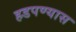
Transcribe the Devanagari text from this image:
हडपण्यास